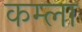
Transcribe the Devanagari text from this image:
कम्ला